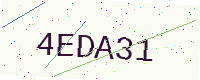
Text: 4EDA31